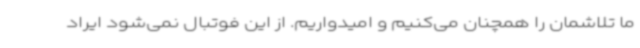
ما تلاشمان را همچنان می‌کنیم و امیدواریم. از این فوتبال نمی‌شود ایراد